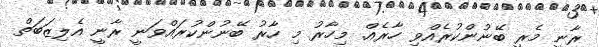
ރާނީ މެރީ ބޭނުންކުރެއްވި ހާރެއް. މިހާރު މި ހާރު ބޭނުންކުރައްވަނީ ރާނީ އެލިޒަބަތް